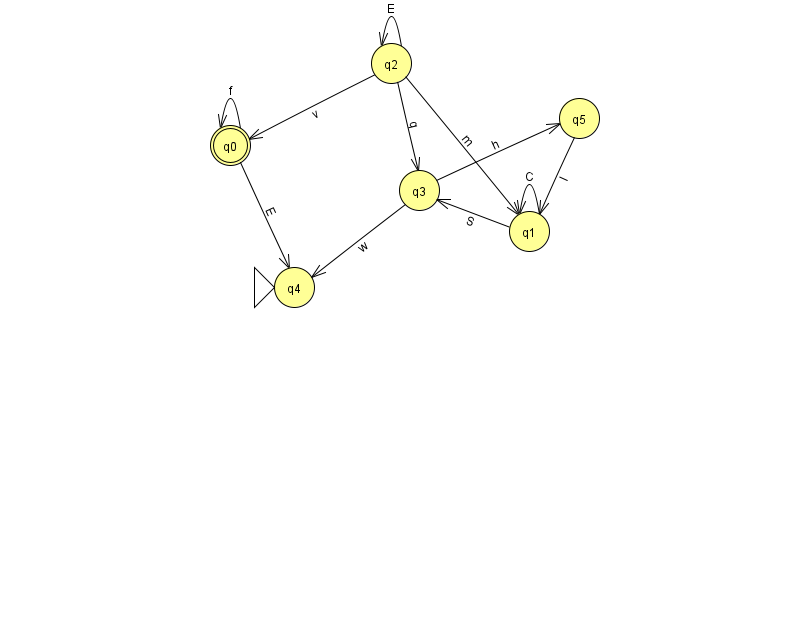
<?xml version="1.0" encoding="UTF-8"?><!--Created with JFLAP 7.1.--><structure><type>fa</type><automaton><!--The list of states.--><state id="0" name="q0"><x>230.0</x><y>132.0</y><final/></state><state id="1" name="q1"><x>529.0</x><y>218.0</y></state><state id="2" name="q2"><x>391.0</x><y>50.0</y></state><state id="3" name="q3"><x>419.0</x><y>177.0</y></state><state id="4" name="q4"><x>294.0</x><y>274.0</y><initial/></state><state id="5" name="q5"><x>579.0</x><y>105.0</y></state><!--The list of transitions.--><transition><from>2</from><to>3</to><read>q</read></transition><transition><from>1</from><to>1</to><read>C</read></transition><transition><from>0</from><to>4</to><read>E</read></transition><transition><from>2</from><to>2</to><read>E</read></transition><transition><from>5</from><to>1</to><read>l</read></transition><transition><from>0</from><to>0</to><read>f</read></transition><transition><from>2</from><to>1</to><read>m</read></transition><transition><from>1</from><to>3</to><read>S</read></transition><transition><from>2</from><to>0</to><read>v</read></transition><transition><from>3</from><to>5</to><read>h</read></transition><transition><from>3</from><to>4</to><read>w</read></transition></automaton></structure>